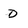
Character: d